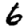
Digit: 6